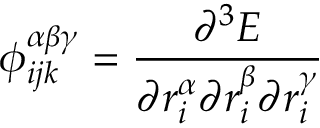
\phi _ { i j k } ^ { \alpha \beta \gamma } = \frac { \partial ^ { 3 } E } { { \partial } r _ { i } ^ { \alpha } { \partial } r _ { i } ^ { \beta } { \partial } r _ { i } ^ { \gamma } }